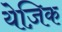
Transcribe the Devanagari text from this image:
येज़िक